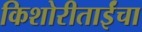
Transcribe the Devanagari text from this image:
किशोरीताईंचा